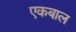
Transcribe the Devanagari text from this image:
एकबाल